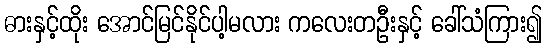
ဓားနှင့်ထိုး အောင်မြင်နိုင်ပါ့မလား ကလေးတဦးနှင့် ခေါ်သံကြား၍